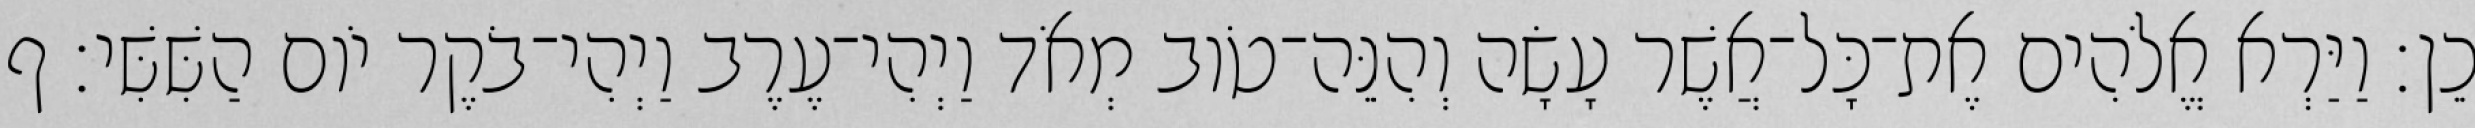
כֵן׃ וַיַּרְא אֱלֹהִים אֶת־כָּל־אֲשֶׁר עָשָׂה וְהִנֵּה־טֹוב מְאֹד וַיְהִי־עֶרֶב וַיְהִי־בֹקֶר יֹום הַשִּׁשִּׁי׃ ף